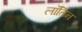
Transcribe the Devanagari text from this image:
लॉतिन